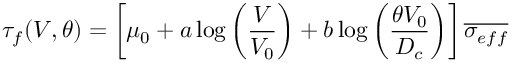
\tau _ { f } ( V , \theta ) = \left[ \mu _ { 0 } + a \log \left( \frac { V } { V _ { 0 } } \right) + b \log \left( \frac { \theta V _ { 0 } } { D _ { c } } \right) \right] \overline { { \sigma _ { e f f } } }